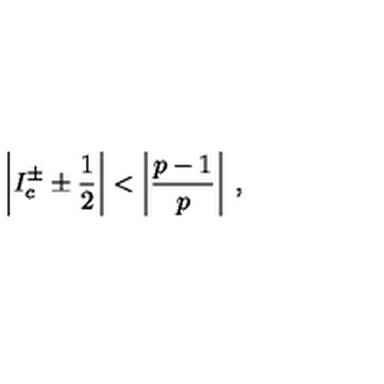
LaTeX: \left| I _ { c } ^ { \pm } \pm \displaystyle \frac { 1 } { 2 } \right| < \left| \displaystyle \frac { p - 1 } { p } \right| \: ,